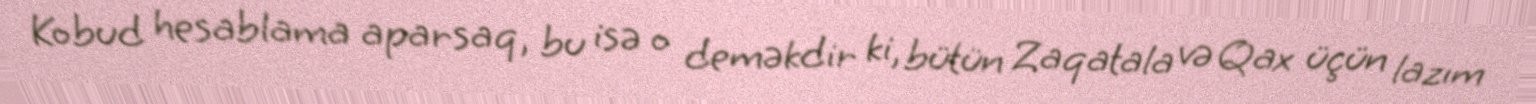
Kobud hesablama aparsaq, bu isə o deməkdir ki, bütün Zaqatala və Qax üçün lazım